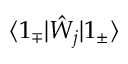
\langle 1 _ { \mp } | \hat { W } _ { j } | 1 _ { \pm } \rangle